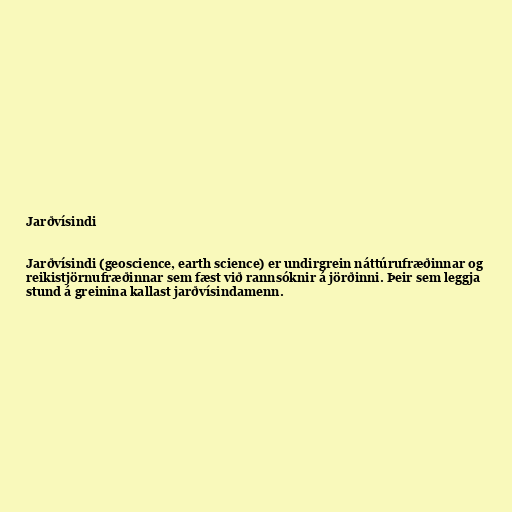
Jarðvísindi

Jarðvísindi (geoscience, earth science) er undirgrein náttúrufræðinnar og
reikistjörnufræðinnar sem fæst við rannsóknir á jörðinni. Þeir sem leggja
stund á greinina kallast jarðvísindamenn.